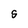
Character: S